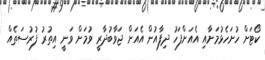
ކޯޓަށް ހުށަހެޅުމަށާއި އެއަށްފަހު ދިފާއުން އެއަށް ޖަވާބުދާރީ ވުމަށް ވަނީ އިތުރު ފުރުސަތެއް